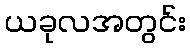
ယခုလအတွင်း